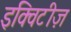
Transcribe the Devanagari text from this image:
इक्विटीज़